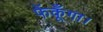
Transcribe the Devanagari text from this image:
फेंकूँगा।